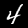
Digit: 4